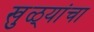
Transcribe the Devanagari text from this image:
खुळ्यांचा